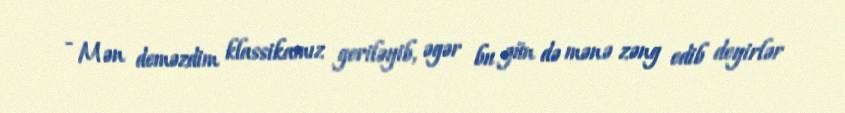
- Mən deməzdim klassikamız geriləyib, əgər bu gün də mənə zəng edib deyirlər